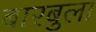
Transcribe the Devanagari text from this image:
बारबुला